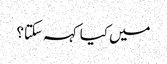
میں کیا کہہ سکتا؟